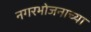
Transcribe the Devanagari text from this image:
नगरभोजनाच्या